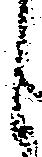
候